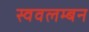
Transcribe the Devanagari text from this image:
स्ववलम्बन